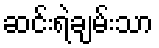
ဆင်းရဲချမ်းသာ